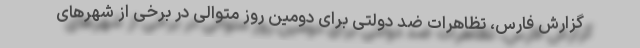
گزارش فارس، تظاهرات ضد دولتی برای دومین روز متوالی در برخی از شهرهای